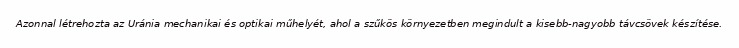
Azonnal létrehozta az Uránia mechanikai és optikai műhelyét, ahol a szűkös környezetben megindult a kisebb-nagyobb távcsövek készítése.